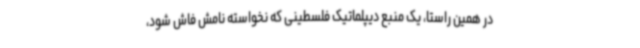
در همین راستا، یک منبع دیپلماتیک فلسطینی که نخواسته نامش فاش شود،